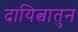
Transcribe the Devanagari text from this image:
दायित्वातुन